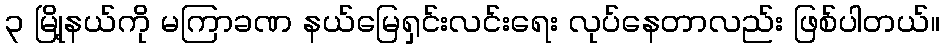
၃ မြို့နယ်ကို မကြာခဏ နယ်မြေရှင်းလင်းရေး လုပ်နေတာလည်း ဖြစ်ပါတယ်။